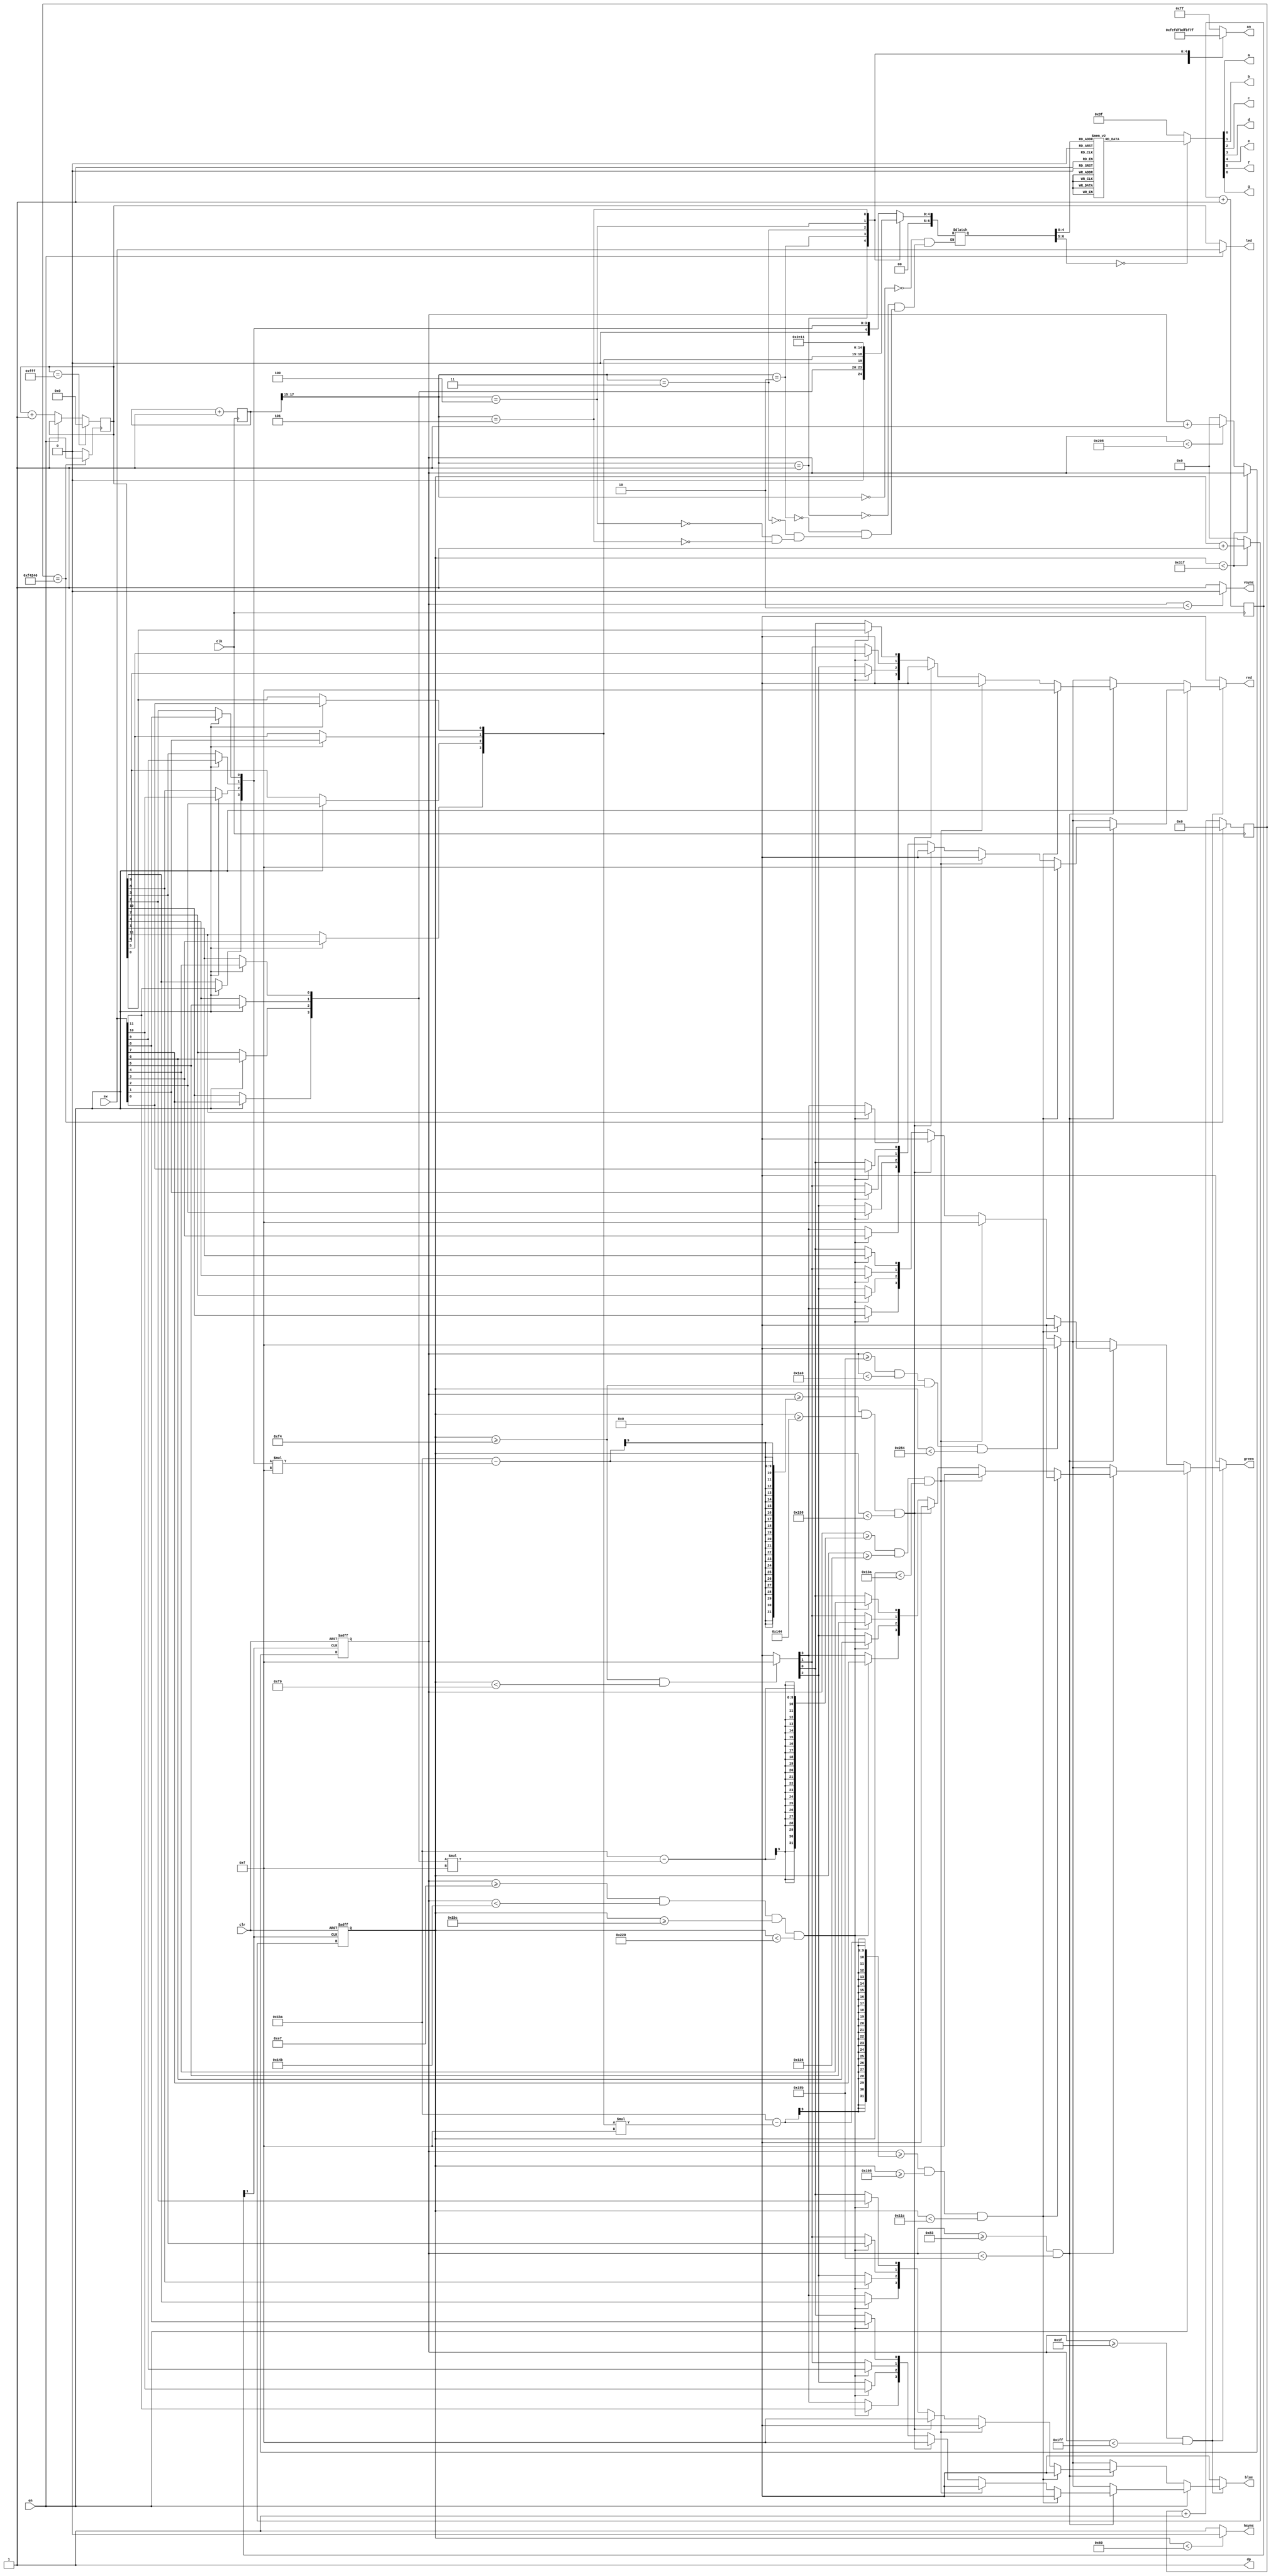
module vh_sync (
	input wire clk,
	input wire clr,
	input wire en,
	input [11:0] sw,
	output a,
	output b,
	output c,
	output d,
	output e,
	output f,
	output g,
	output dp,
	output wire hsync,
	output wire vsync,
    output reg [3:0] red,
    output reg [3:0] green,
    output reg [3:0] blue,
    output reg [11:0] led,
    output [7:0] an
	);
	
parameter hpixels = 800;
parameter vlines = 521;
parameter hpulse = 96;
parameter vpulse = 2;
parameter hbp = 144;
parameter hfp = 784;
parameter vbp = 31;
parameter vfp = 511;

reg [9:0] hc;
reg [9:0] vc;

reg [3:0] first;
reg [3:0] second;
reg [3:0] third;
reg [3:0] sixth;
reg [4:0] seventh;
reg [4:0] eigth;

reg [28:0] count;
reg [11:0] counter;
wire tick;

reg [1:0] pxclk;

always @ (posedge clk)
begin
	pxclk = pxclk + 1;
	segcount = segcount + 1;
	if (count == 1000000)
	   count <= 0;
    else
       count <= count + 1;
end    

assign tick = (count == 1000000) ? 1:0;

always @ (posedge tick)
begin
    if (counter == 12'b111111111111)
        counter <= 0;
    else if (en)
        counter <= counter;
    else
        counter <= counter + 1;
end

reg [3:0] redcount;
reg [3:0] greencount;
reg [3:0] bluecount;

always @ (*)
begin
	first <= bluecount;
	second <= greencount;
	third <= redcount;
	sixth <= 11; // B
	seventh <= 16; //G
	eigth <= 17; // R
end

localparam N = 18;

reg [N-1:0] segcount;
reg [6:0] sseg;
reg [7:0] an_temp;

always @ (*)
begin
	case(segcount[N-1:N-3])
		3'b000:
			begin
				sseg = first;
				an_temp = 8'b11111110;
			end
		3'b001:
			begin
				sseg = second;
				an_temp = 8'b11111101;
			end
		3'b010:
			begin
				sseg = third;
				an_temp = 8'b11111011;
			end
		3'b011:
			begin
				sseg = sixth;
				an_temp = 8'b11011111;
			end
		3'b100:
			begin
				sseg = seventh;
				an_temp = 8'b10111111;
			end
		3'b101:
			begin
				sseg = eigth;
				an_temp = 8'b01111111;
			end
        default: an_temp = 8'b11111111;
	endcase
end

assign an = an_temp;

reg [6:0] sseg_temp;

always @ (*) begin
	case(sseg)
		0 : sseg_temp = 7'b1000000; //0
		1 : sseg_temp = 7'b1111001; //1
		2 : sseg_temp = 7'b0100100; //2
		3 : sseg_temp = 7'b0110000; //3
		4 : sseg_temp = 7'b0011001; //4
		5 : sseg_temp = 7'b0010010; //5
		6 : sseg_temp = 7'b0000010; //6
		7 : sseg_temp = 7'b1111000; //7
		8 : sseg_temp = 7'b0000000; //8
		9 : sseg_temp = 7'b0011000; //9
		10: sseg_temp = 7'b0001000; //A
		11: sseg_temp = 7'b0000011; //B
		12: sseg_temp = 7'b1000110; //C
		13: sseg_temp = 7'b0100001; //D
		14: sseg_temp = 7'b0000110; //E
		15: sseg_temp = 7'b0001110; //F
		16: sseg_temp = 7'b0010000; //G
		17: sseg_temp = 7'b0101111; //R
		default : sseg_temp = 7'b0111111; //dash
	endcase
end

assign {g, f, e, d, c, b, a} = sseg_temp;
assign dp = 1'b1;

always @ (counter)
begin
    if (en)
    begin
        led = sw;
        redcount[0] = sw[0];
        redcount[1] = sw[1];
        redcount[2] = sw[2];
        redcount[3] = sw[3];
        greencount[0] = sw[4];
        greencount[1] = sw[5];
        greencount[2] = sw[6];
        greencount[3] = sw[7];
        bluecount[0] = sw[8];
        bluecount[1] = sw[9];
        bluecount[2] = sw[10];
        bluecount[3] = sw[11];
    end
    else
    begin
        led = counter;
        redcount[0] = counter[0];
        redcount[1] = counter[5];
        redcount[2] = counter[6];
        redcount[3] = counter[11];
        greencount[0] = counter[1];
        greencount[1] = counter[4];
        greencount[2] = counter[7];
        greencount[3] = counter[10];
        bluecount[0] = counter[2];
        bluecount[1] = counter[3];
        bluecount[2] = counter[8];
        bluecount[3] = counter[9];
    end
end

wire pclk;

assign pclk = pxclk[1];

always @ (posedge pclk or posedge clr)
begin
	if (clr == 1)
	begin
		hc <= 0;
		vc <= 0;
	end
	else
	begin
		if (hc < hpixels - 1)
			hc <= hc + 1;
		else
		begin
			hc <= 0;
			if (vc < vlines - 1)
				vc <= vc + 1;
			else
				vc <= 0;
		end
	end
end

assign hsync = (hc < hpulse) ? 0:1;
assign vsync = (vc < vpulse) ? 0:1;

always @ (*)
begin
    if (vc >= vbp && vc < vfp)
    begin
        if (en)
        begin
            if (vc >= (vbp + 100) && vc < (vfp - 100))
                begin
                if (vc >= (vbp + 411 - (redcount * 15)) && hc >= (hbp + 120) && hc < (hbp + 140))
                begin
                    red = 4'b1111;
                    green = 4'b0000;
                    blue = 4'b0000;
                end
                else if (vc >= (vbp + 411 - (greencount * 15)) && hc >= (hbp + 150) && hc < (hbp + 170))
                begin
                    red = 4'b0000;
                    green = 4'b1111;
                    blue = 4'b0000;
                end
                else if (vc >= (vbp + 411 - (bluecount * 15)) && hc >= (hbp + 180) && hc < (hbp + 200))
                begin
                    red = 4'b0000;
                    green = 4'b0000;
                    blue = 4'b1111;
                end
                else if (vc >= (vbp + 200) && vc < (vbp + 300) && hc >= (hbp + 300) && hc < (hbp + 400))
                begin
                    red[0] = sw[0];
                    red[1] = sw[1];
                    red[2] = sw[2];
                    red[3] = sw[3];
                    green[0] = sw[4];
                    green[1] = sw[5];
                    green[2] = sw[6];
                    green[3] = sw[7];
                    blue[0] = sw[8];
                    blue[1] = sw[9];
                    blue[2] = sw[10];
                    blue[3] = sw[11];
                end
                else if (hc >= (hbp + 100) && hc < (hbp + 105))
                begin
                    red = 4'b1111;
                    green = 4'b1111;
                    blue = 4'b1111;
                end
                else
                begin
                    red = 0;
                    green = 0;
                    blue = 0;
                end
            end
            else if (vc >= (vfp - 100) && vc < (vfp - 95) && hc >= (hbp + 100) && hc < (hbp + 500))
            begin
                red = 4'b1111;
                green = 4'b1111;
                blue = 4'b1111;
            end
            else
            begin
                red = 0;
                green = 0;
                blue = 0;
            end
        end
        else
        begin
            if (vc >= (vbp + 100) && vc < (vfp - 100))
            begin
                if (vc >= (vbp + 411 - (redcount * 15)) && hc >= (hbp + 120) && hc < (hbp + 140))
                begin
                    red = 4'b1111;
                    green = 4'b0000;
                    blue = 4'b0000;
                end
                else if (vc >= (vbp + 411 - (greencount * 15)) && hc >= (hbp + 150) && hc < (hbp + 170))
                begin
                    red = 4'b0000;
                    green = 4'b1111;
                    blue = 4'b0000;
                end
                else if (vc >= (vbp + 411 - (bluecount * 15)) && hc >= (hbp + 180) && hc < (hbp + 200))
                begin
                    red = 4'b0000;
                    green = 4'b0000;
                    blue = 4'b1111;
                end
                else if (vc >= (vbp + 200) && vc < (vbp + 300) && hc >= (hbp + 300) && hc < (hbp + 400))
                begin
                    red[0] = counter[0];
                    red[1] = counter[5];
                    red[2] = counter[6];
                    red[3] = counter[11];
                    green[0] = counter[1];
                    green[1] = counter[4];
                    green[2] = counter[7];
                    green[3] = counter[10];
                    blue[0] = counter[2];
                    blue[1] = counter[3];
                    blue[2] = counter[8];
                    blue[3] = counter[9];
                end
                else if (hc >= (hbp + 100) && hc < (hbp + 105))
                begin
                    red = 4'b1111;
                    green = 4'b1111;
                    blue = 4'b1111;
                end
                else
                begin
                    red = 0;
                    green = 0;
                    blue = 0;
                end
            end
            else if (vc >= (vfp - 100) && vc < (vfp - 95) && hc >= (hbp + 100) && hc < (hbp + 500))
            begin
                red = 4'b1111;
                green = 4'b1111;
                blue = 4'b1111;
            end
            else
            begin
                red = 0;
                green = 0;
                blue = 0;
            end
        end
    end
    else
    begin
        red = 0;
        green = 0;
        blue = 0;
    end
end

endmodule